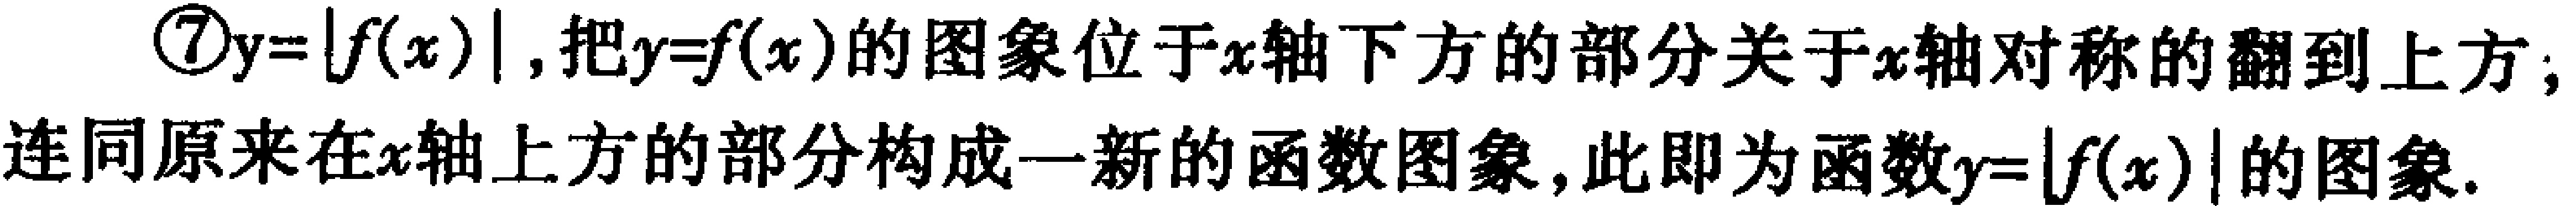
\textcircled{7}$y = |f(x)|$,把$y = f(x)$的图象位于$x$轴下方的部分关于$x$轴对称的翻到上方，连同原来在$x$轴上方的部分构成一新的函数图象，此即为函数$y = |f(x)|$的图象.